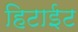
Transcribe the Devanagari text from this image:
हिटाईट